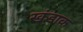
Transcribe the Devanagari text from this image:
खंडाक